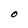
Character: O